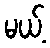
မယ့်